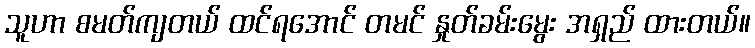
သူဟာ စမတ်ကျတယ် ထင်ရအောင် တမင် နှုတ်ခမ်းမွေး အရှည် ထားတယ်။